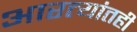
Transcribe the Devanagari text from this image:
आरत्यांतही